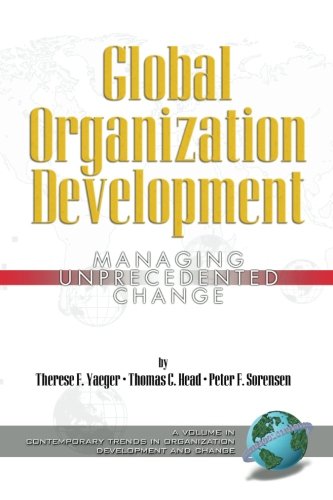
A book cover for Global Organization Development: Managing Unprecedented Change (Contemporary Trends in Organization Development and Change); Business & Money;